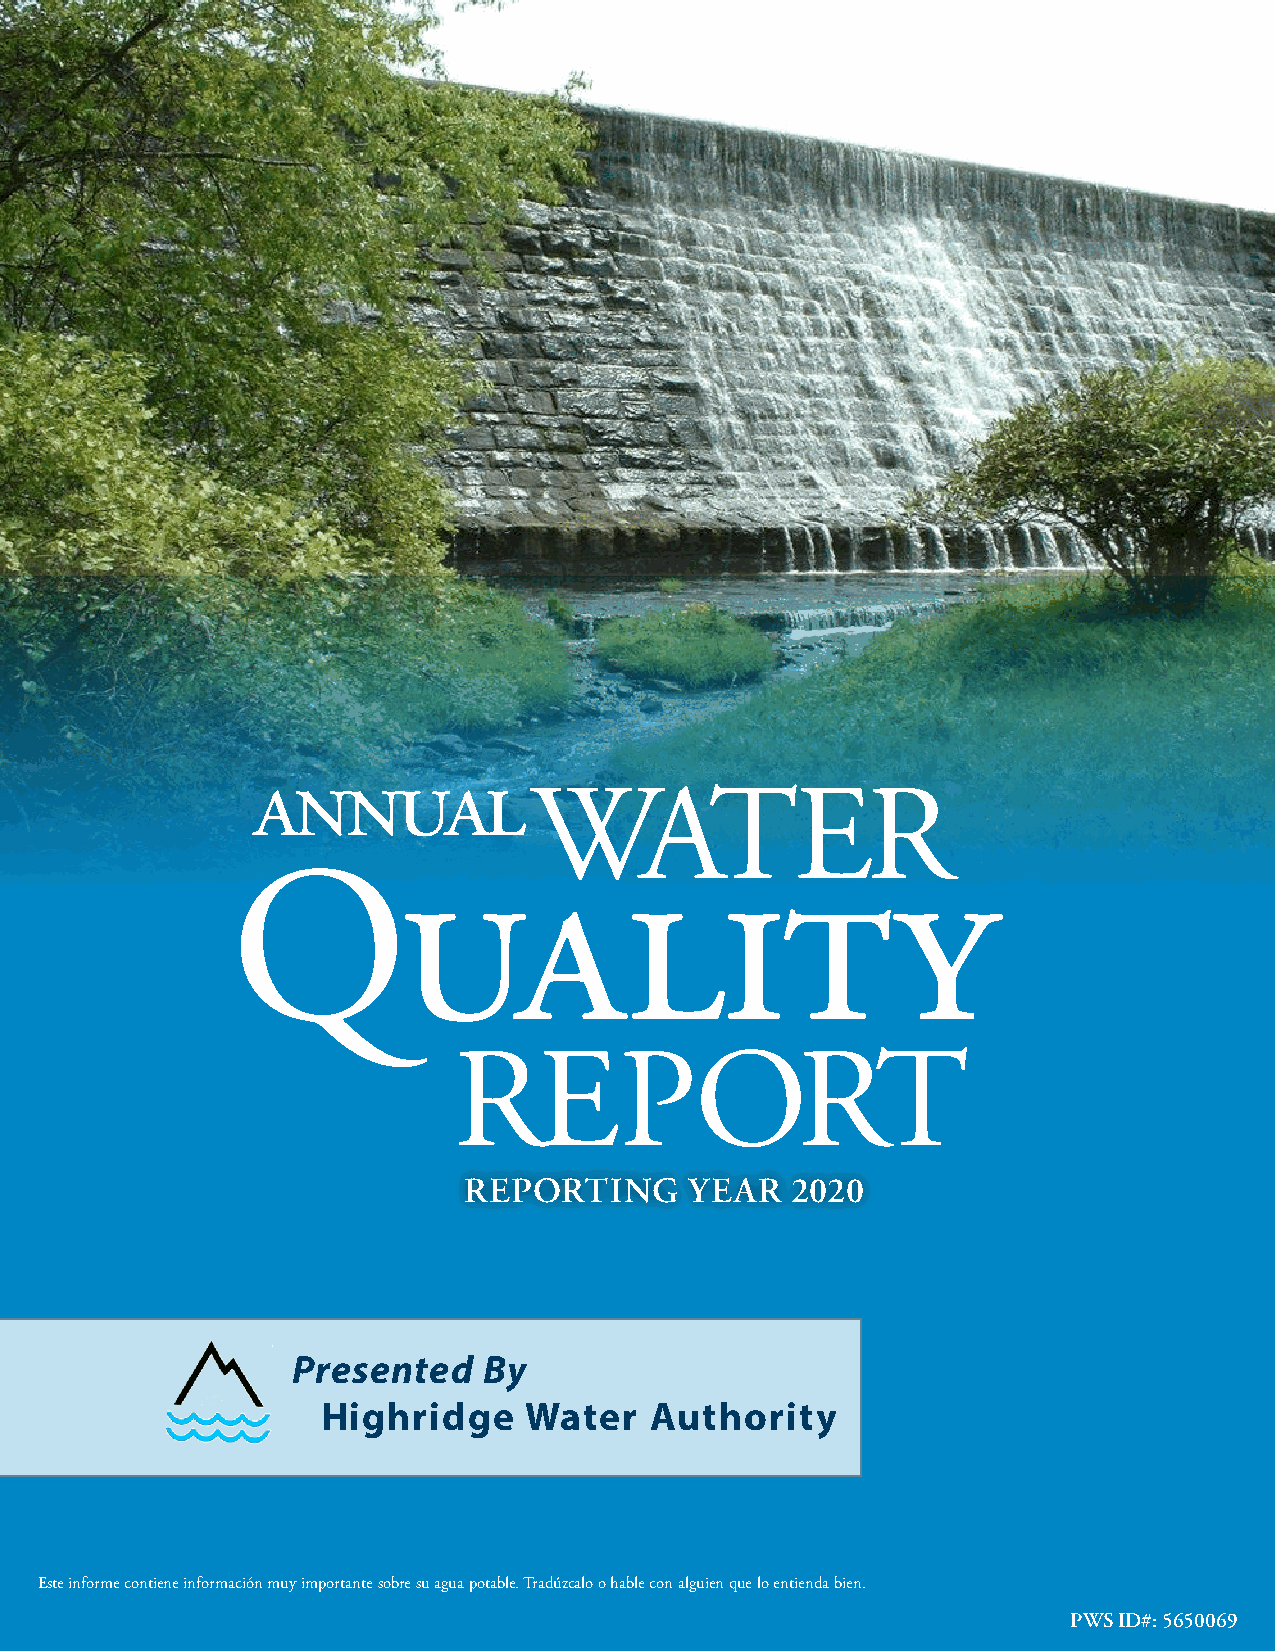
annual
 WATER
 uality
 Q
 REPORT
 REPORTING      YEAR  2020
 Presented    By
 Highridge     Water   Authority
 Este informe contiene información muy importante sobre su agua potable. Tradúzcalo o hable con alguien que lo entienda bien.
 PWS ID#: 5650069